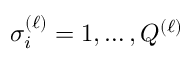
\sigma _ { i } ^ { ( \ell ) } = 1 , \ldots , Q ^ { ( \ell ) }